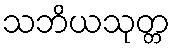
သဘိယသုတ္တ